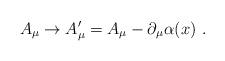
LaTeX: \begin{align*}A_{\mu }\rightarrow A_{\mu }^{\prime }=A_{\mu }-\partial _{\mu }\alpha (x)~.\end{align*}